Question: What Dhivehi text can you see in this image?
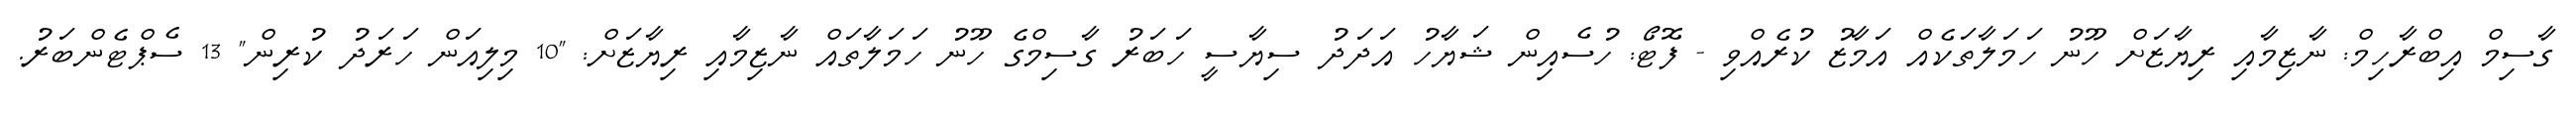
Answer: ގާސިމް އިބްރާހިމް: ނާޒިމާއި ރިޔާޒަށް ހޫނު ހަމަލާތަކެއް އަމާޒު ކުރެއްވި - ފޮޓޯ: ހުސެއިން ޝަޔާހު އަދަދު ސިޔާސީ ހަބަރު ގާސިމްގެ ހޫނު ހަމަލާތައް ނާޒިމާއި ރިޔާޒަށް: "10 މިލިއަން ހަރަދު ކުރިން" 13 ސެޕްޓެންބަރު.